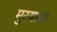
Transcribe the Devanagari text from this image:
मुरयामा